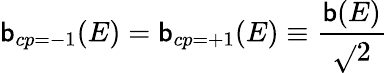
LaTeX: \mathsf{b}_{cp=-1}(E)=\mathsf{b}_{cp=+1}(E)\equiv{\frac{{\mathsf{b}(E)}}{{\sqrt{}{{2}}}}}